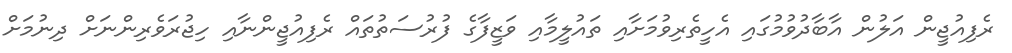
ރެފިއުޖީން އަލުން އާބާދުވުމުގައި އެހީތެރިވުމަށާއި ތައުލީމާއި ވަޒީފާގެ ފުރުސަތުތައް ރެފިއުޖީންނާއި ހިޖުރަވެރިންނަށް ދިނުމަށް